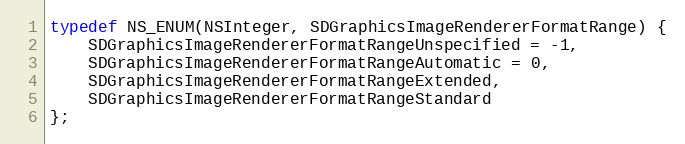
Language: C
typedef NS_ENUM(NSInteger, SDGraphicsImageRendererFormatRange) {
    SDGraphicsImageRendererFormatRangeUnspecified = -1,
    SDGraphicsImageRendererFormatRangeAutomatic = 0,
    SDGraphicsImageRendererFormatRangeExtended,
    SDGraphicsImageRendererFormatRangeStandard
};